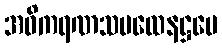
အဓိကရဏသမထေနဋ္ဌမေ